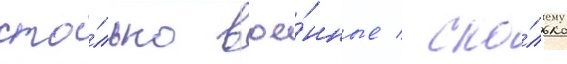
сто́лько вое́нные / ско́лько